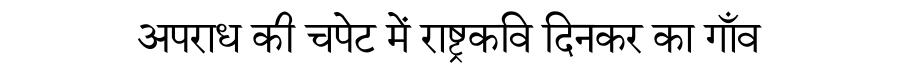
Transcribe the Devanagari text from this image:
अपराध की चपेट में राष्ट्रकवि दिनकर का गाँव